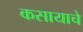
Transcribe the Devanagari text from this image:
कसायाचे